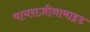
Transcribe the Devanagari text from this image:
पायराज़ीनामाइड